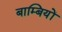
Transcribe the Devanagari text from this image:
बाम्बियों